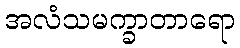
အလံသမက္ခာတာရော